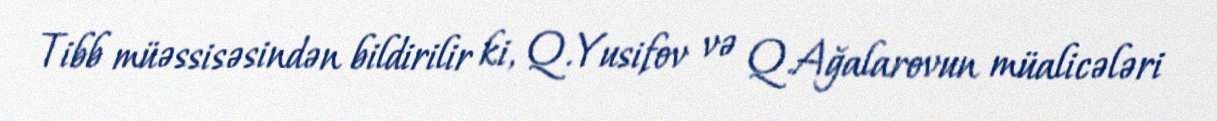
Tibb müəssisəsindən bildirilir ki, Q.Yusifov və Q.Ağalarovun müalicələri